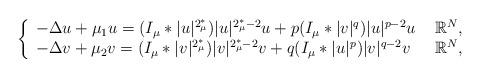
LaTeX: \begin{align*}\aligned\left\{ \begin{array}{lll}-\Delta u+\mu_1 u=(I_\mu\ast |u|^{2^*_\mu})|u|^{2^*_\mu-2}u+p(I_\mu\ast |v|^q)|u|^{p-2}u\ & \mathbb{R}^N,\\-\Delta v+\mu_2 v=(I_\mu\ast |v|^{2^*_\mu})|v|^{2^*_\mu-2}v+q(I_\mu\ast |u|^p)|v|^{q-2}v\ & \mathbb{R}^N,\end{array}\right.\endaligned\end{align*}